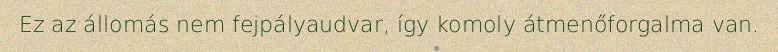
Ez az állomás nem fejpályaudvar, így komoly átmenőforgalma van.